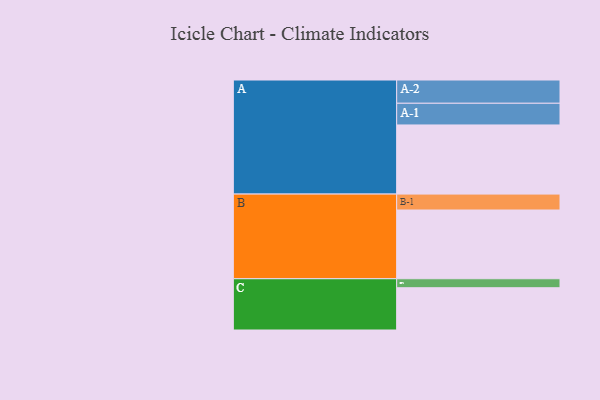
{"axis": {"x": "Segment", "y": "Value"}, "legend": ["", "A", "B", "C"], "data": [{"x": "A", "y": 538, "type": ""}, {"x": "B", "y": 535, "type": ""}, {"x": "C", "y": 329, "type": ""}, {"x": "A-1", "y": 169, "type": "A"}, {"x": "A-2", "y": 181, "type": "A"}, {"x": "B-1", "y": 124, "type": "B"}, {"x": "C-1", "y": 70, "type": "C"}]}